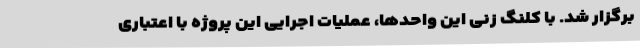
برگزار شد. با کلنگ زنی این واحدها، عملیات اجرایی این پروژه با اعتباری